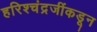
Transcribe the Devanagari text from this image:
हरिश्चंद्रजींकडून